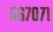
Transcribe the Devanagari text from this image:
५६७०७१